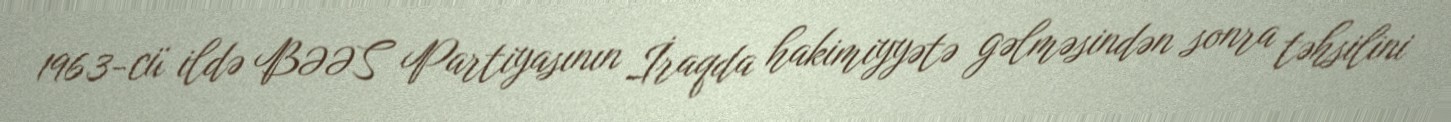
1963-cü ildə BƏƏS Partiyasının İraqda hakimiyyətə gəlməsindən sonra təhsilini